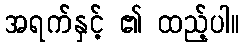
အရက်နှင့် ၏ ထည့်ပါ။